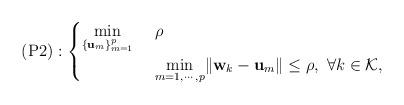
LaTeX: \begin{align*}\mathrm{(P2)}:\begin{cases}\underset{\{\textbf{u}_m\}_{m=1}^p}{\min} & \ \rho \\ & \ \underset{m=1,\cdots,p}{\min} \|\mathbf w_k - \mathbf u_m\|\leq \rho, \ \forall k\in \mathcal{K},\end{cases}\end{align*}